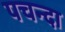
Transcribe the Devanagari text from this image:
पचन्दा